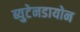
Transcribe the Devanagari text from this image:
ब्युटेनडायोन